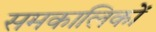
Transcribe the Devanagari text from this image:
समकालिकों